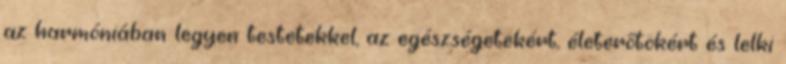
az harmóniában legyen testetekkel, az egészségetekért, életerőtökért és lelki